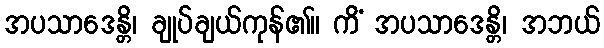
အပသာဒေန္တိ၊ ချုပ်ချယ်ကုန်၏။ ကိံ အပသာဒေန္တိ၊ အဘယ်